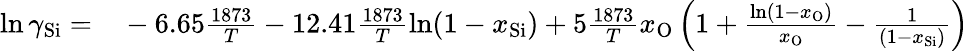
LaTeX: \begin{array}{rl}{\ln\gamma_{\mathrm{Si}}=}&{{}-6.65\frac{1873}{T}-12.41\frac{1873}{T}\ln(1-x_{\mathrm{Si}})+5\frac{1873}{T}x_{\mathrm{O}}\left(1+\frac{\ln(1-x_{\mathrm{O}})}{x_{\mathrm{O}}}-\frac{1}{(1-x_{\mathrm{Si}})}\right)}\end{array}